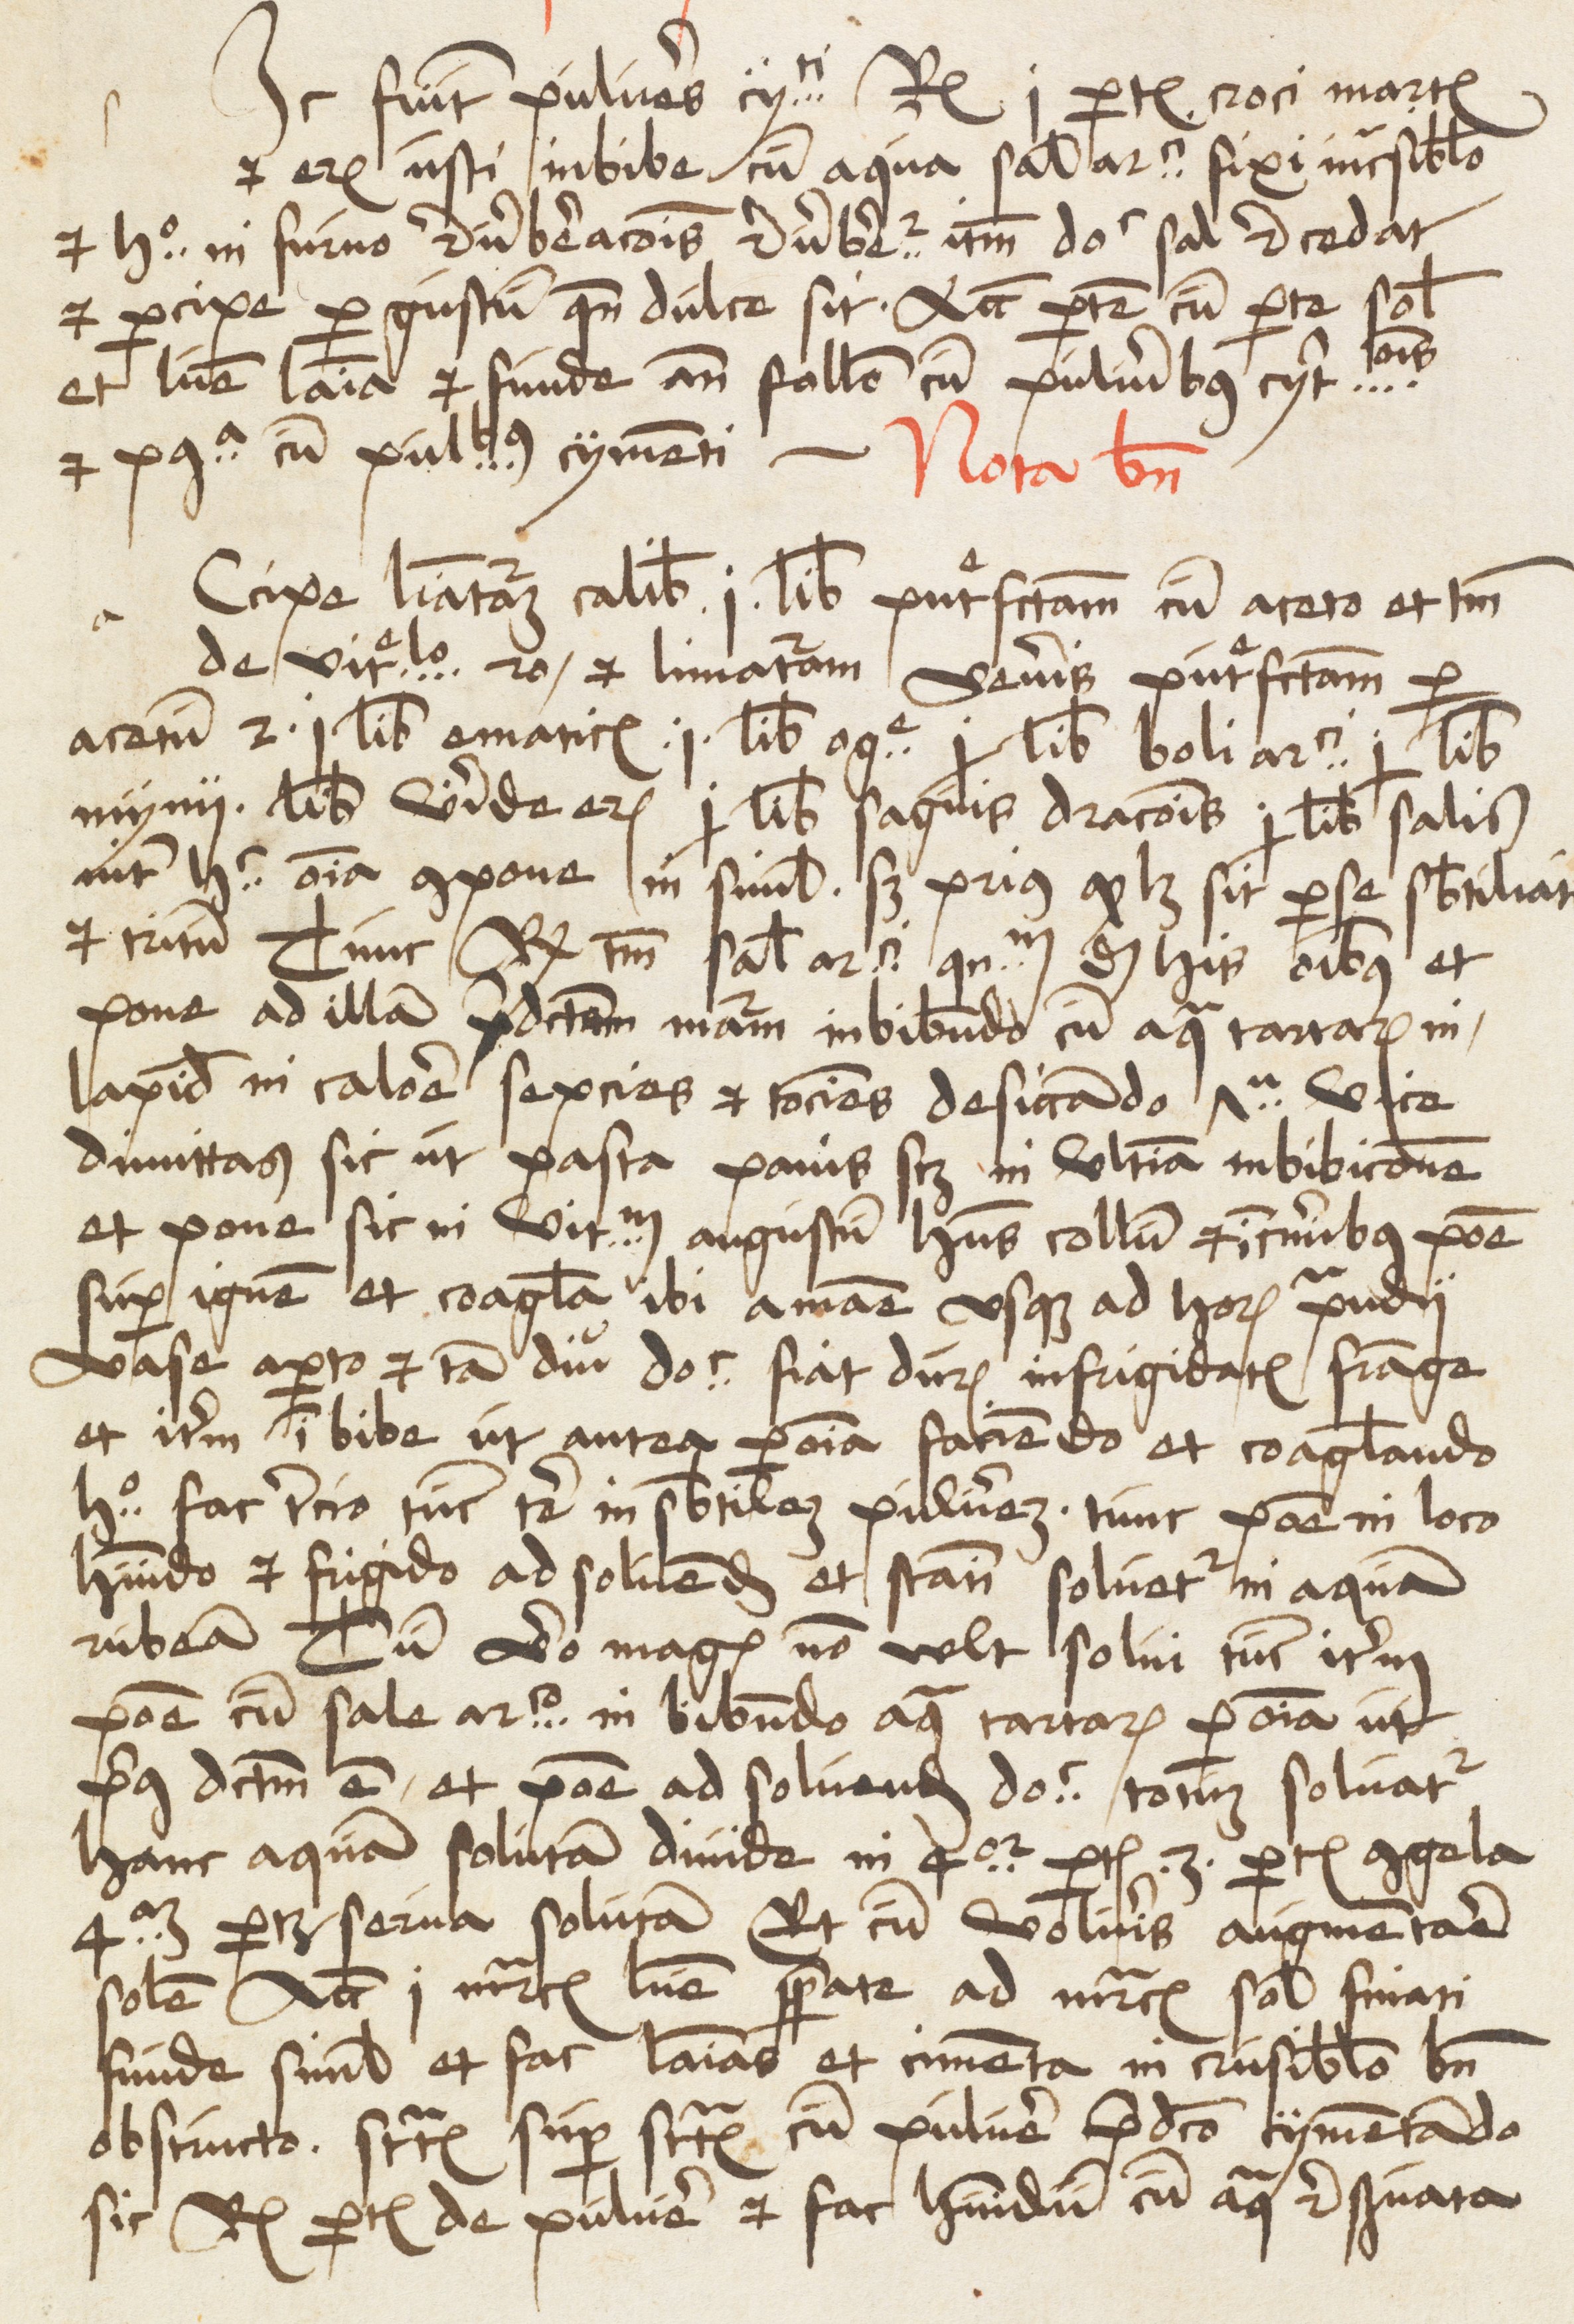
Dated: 1485–1515